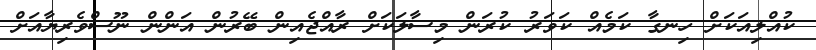
ކުއްލިއަކަށް ހިނގާ ކަމެއް ކަވަރު ކުރަން މިސާލަކަށް ރާއްޖެއިން ބޭރުން އަންން ނޫސްވެރިޔާއަށް